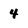
Character: 4